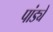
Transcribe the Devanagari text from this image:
पांड्ये